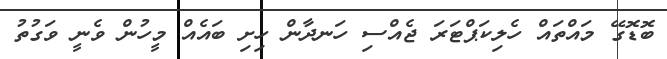
ބޮޑޮގޭ މައްތައް ހެލިކަޕްޓަރަ ޖެއްސި ހަނދާން ހިށި ބައެއް މީހުން ވެނީ ވަގުތު